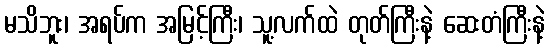
မသိဘူး၊ အရပ်က အမြင့်ကြီး၊ သူ့လက်ထဲ တုတ်ကြီးနဲ့ ဆေးတံကြီးနဲ့